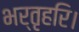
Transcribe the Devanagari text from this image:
भर्तृहरि।